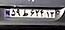
۵۹ط۶۲۴۱۳